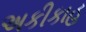
અકીકાહ